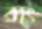
রাং